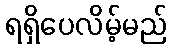
ရရှိပေလိမ့်မည်